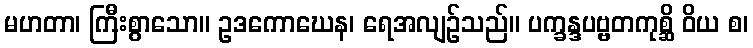
မဟတာ၊ ကြီးစွာသော။ ဥဒကောဃေန၊ ရေအလျဉ်သည်။ ပက္ခန္ဒပဗ္ဗတကုစ္ဆိ ဝိယ စ၊